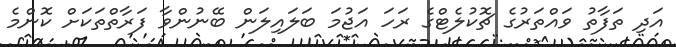
އަދި ތަފާތު ވައްތަރުގެ ޗޮކުލެޓްގެ ރަހަ އަޖުމަ ބަލައިލަން ބޭނުންވާ ފަރާތްތަކަށް ކޮންމެ